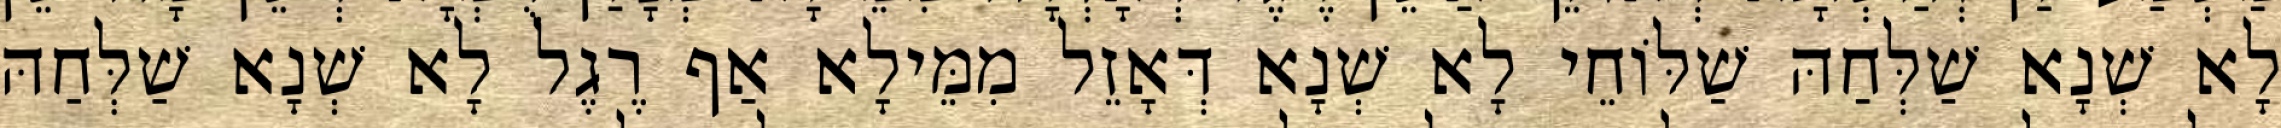
לָא שְׁנָא שַׁלְּחַהּ שַׁלּוֹחֵי לָא שְׁנָא דְּאָזֵל מִמֵּילָא אַף רֶגֶל לָא שְׁנָא שַׁלְּחַהּ